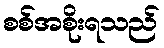
စစ်အစိုးရသည်